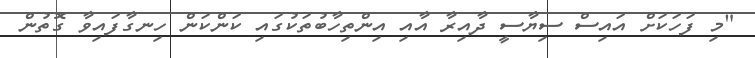
"މި ފަހަކަށް އައިސް ސިޔާސީ ދާއިރާ އާއި އިންތިހާބުތަކުގައި ކަންކަން ހިނގާފައިވާ ގޮތުން